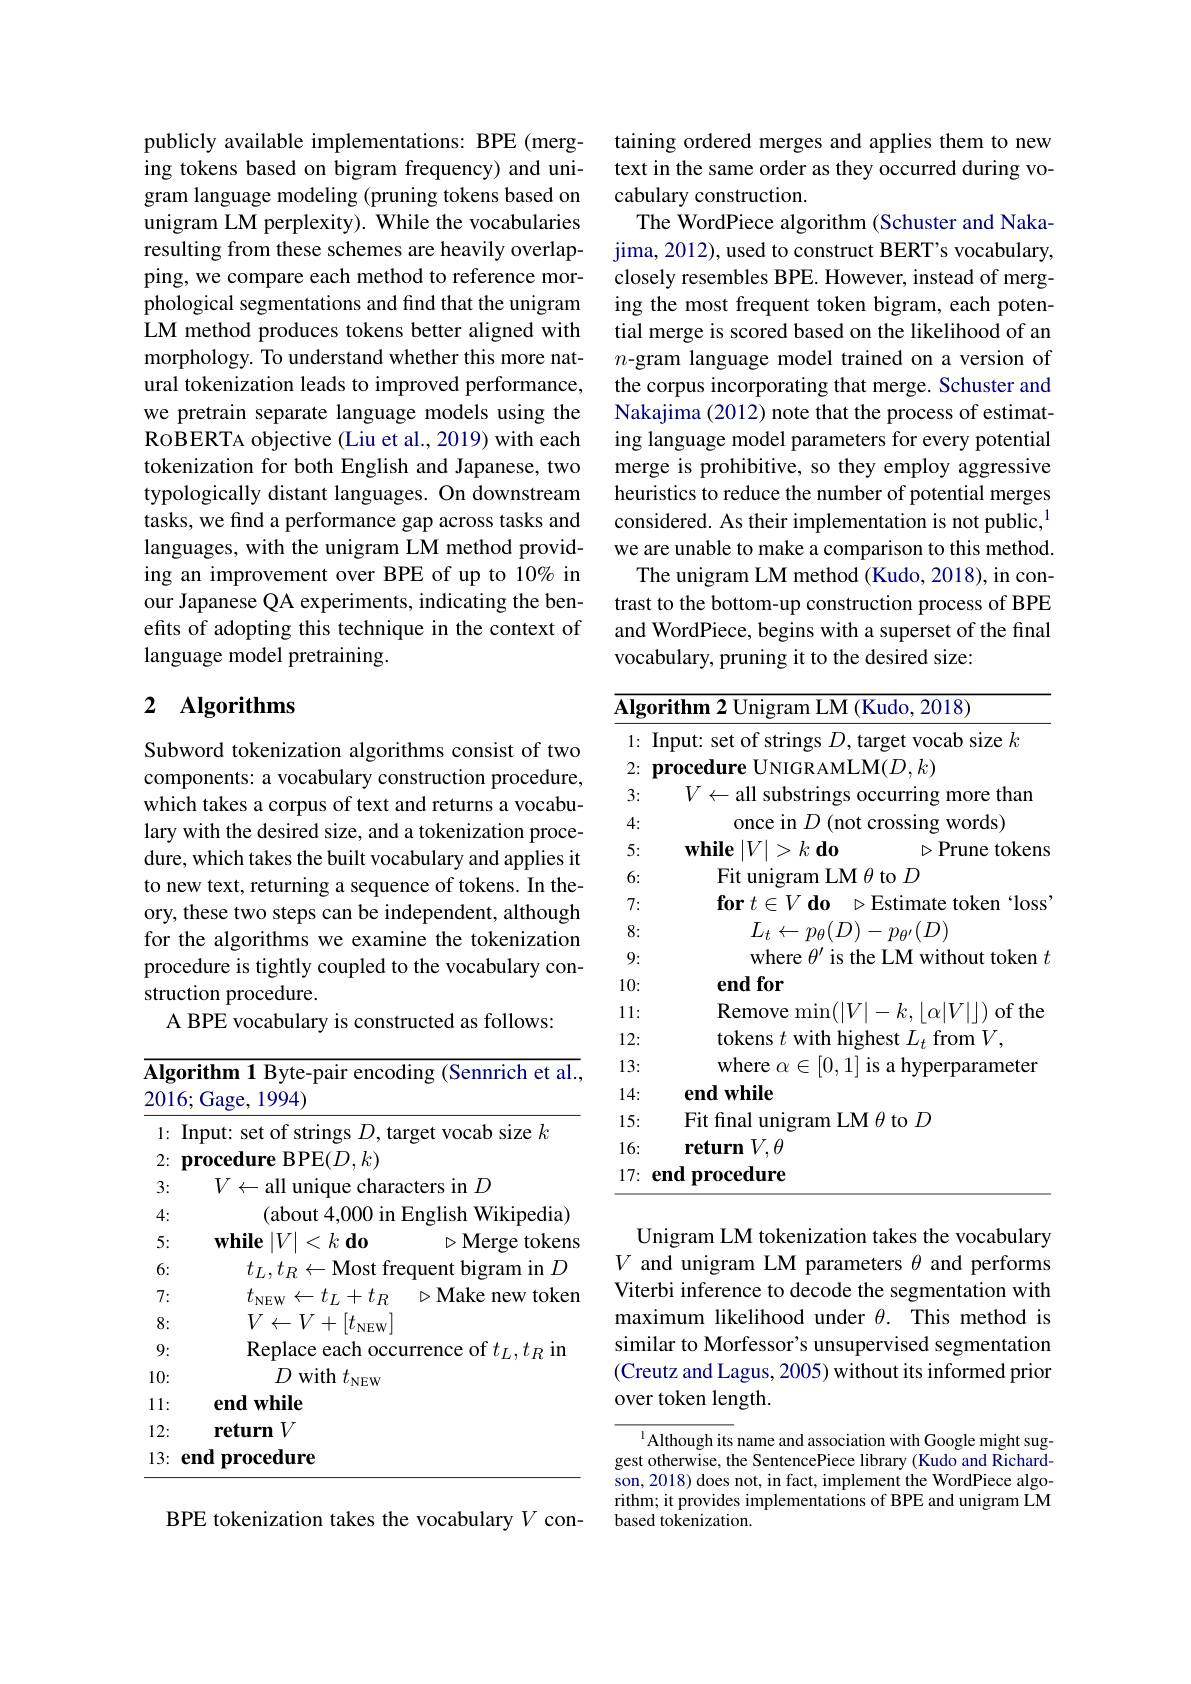
publicly available implementations: BPE (merging tokens based on bigram frequency) and unigram language modeling (pruning tokens based on unigram LM perplexity). While the vocabularies resulting from these schemes are heavily overlapping, we compare each method to reference morphological segmentations and find that the unigram LM method produces tokens better aligned with morphology. To understand whether this more natural tokenization leads to improved performance, we pretrain separate language models using the RoBERTA objective (Liu et al., 2019) with each tokenization for both English and Japanese, two typologically distant languages. On downstream tasks, we find a performance gap across tasks and languages, with the unigram LM method providing an improvement over BPE of up to 10% in our Japanese QA experiments, indicating the benefits of adopting this technique in the context of language model pretraining.

## 2 Algorithms

Subword tokenization algorithms consist of two components: a vocabulary construction procedure, which takes a corpus of text and returns a vocabulary with the desired size, and a tokenization procedure, which takes the built vocabulary and applies it to new text, returning a sequence of tokens. In theory, these two steps can be independent, although for the algorithms we examine the tokenization procedure is tightly coupled to the vocabulary construction procedure.
A BPE vocabulary is constructed as follows:

<table>
	<tbody>
		<tr>
			<th>$\overline{\mathbf{Algo}}$ 2016</th>
			<th>rithm 1 Byte-pair encoding (Sennrich et al. 1 Gage, 1994)</th>
		</tr>
		<tr>
			<td>1: $I$</td>
			<td>nput: set of strings $D$,target vocab size $k$</td>
		</tr>
		<tr>
			<td>2: $\mathbf{I}$</td>
			<td>${\mathrm{rocedure~BPE}}(D,k)$</td>
		</tr>
		<tr>
			<td>3:</td>
			<td>$V\leftarrow$all unique characters in $D$</td>
		</tr>
		<tr>
			<td>4:</td>
			<td>(about 4,000 in English Wikipedia)</td>
		</tr>
		<tr>
			<td>5:</td>
			<td>$\mathbf{while}\left|V\right|<k\mathbf{do}$ $\triangleright\mathbf{Mergetokens}$</td>
		</tr>
		<tr>
			<td>6:</td>
			<td>$t_{I,}t_{R}\leftarrow$Most frequent bigram in $D$</td>
		</tr>
		<tr>
			<td>7:</td>
			<td>$t_{\mathrm{NEW}}\leftarrow t_{L}+t_{R}$ $\triangleright$Make new token</td>
		</tr>
		<tr>
			<td>8:</td>
			<td>$V\leftarrow V+[t_{\mathrm{NEW}}]$</td>
		</tr>
		<tr>
			<td>9:</td>
			<td>Replace each occurrence of $t_L,t_R$ in</td>
		</tr>
		<tr>
			<td>10:</td>
			<td>$D$ with $t_\mathrm{NEW}$</td>
		</tr>
		<tr>
			<td>11:</td>
			<td>$\textbf{end while}$</td>
		</tr>
		<tr>
			<td>12:</td>
			<td>$\textbf{return}V$</td>
		</tr>
		<tr>
			<td>13: $e$</td>
			<td>end procedure</td>
		</tr>
	</tbody>
</table>

BPE tokenization takes the vocabulary $V$ con-

taining ordered merges and applies them to new text in the same order as they occurred during vocabulary construction.
The WordPiece algorithm (Schuster and Nakajima, 2012), used to construct BERT's vocabulary, closely resembles BPE. However, instead of merging the most frequent token bigram, each potential merge is scored based on the likelihood of an $n$-gram language model trained on a version of the corpus incorporating that merge. Schuster and Nakajima (2012) note that the process of estimating language model parameters for every potential merge is prohibitive, so they employ aggressive heuristics to reduce the number of potential merges considered. As their implementation is not public,$^{1}$ we are unable to make a comparison to this method.
The unigram LM method (Kudo, 2018), in contrast to the bottom-up construction process of BPE and WordPiece, begins with a superset of the fnal vocabulary, pruning it to the desired size:

<table>
	<tbody>
		<tr>
			<th>$\overline{\mathbf{Alg}}$</th>
			<th>$\textbf{rithm 2 Unigram LM ( Kudo, 2018) }$</th>
		</tr>
		<tr>
			<td>1: </td>
			<td>Input: set of strings $D$,target vocab size $k$</td>
		</tr>
		<tr>
			<td>2:</td>
			<td>procedure UNIGR AMLM($D,k)$</td>
		</tr>
		<tr>
			<td>3:</td>
			<td>$V\leftarrow$all substrings occurring more than</td>
		</tr>
		<tr>
			<td>4:</td>
			<td>once in $D$ (not crossing words)</td>
		</tr>
		<tr>
			<td>5:</td>
			<td>$\mathbf{while}\left|V\right|>k\mathbf{do}$ $\triangleright$Prune tokens</td>
		</tr>
		<tr>
			<td>6:</td>
			<td>$\operatorname{Fit}$unigram LM$\theta$to$D$</td>
		</tr>
		<tr>
			<td>7:</td>
			<td>$\mathbf{for}t\in V\mathbf{do}$ $\triangleright$Estimate token‘loss</td>
		</tr>
		<tr>
			<td>8:</td>
			<td>$L_{t}\leftarrow p_{\theta}(D)-p_{\theta^{\prime}}(D)$</td>
		</tr>
		<tr>
			<td>9:</td>
			<td>where $\theta^{\prime}$ is the LM without token $t$</td>
		</tr>
		<tr>
			<td>10:</td>
			<td>end for</td>
		</tr>
		<tr>
			<td>1: 1 </td>
			<td>$\operatorname{Remove}\operatorname*{min}(|V|-k,|\alpha|V||)$ of the</td>
		</tr>
		<tr>
			<td>12:</td>
			<td>tokens $t$ with highest $L_t$ from $V$</td>
		</tr>
		<tr>
			<td>13:</td>
			<td>where $\alpha\in[0,1]$ is a hyperparameter</td>
		</tr>
		<tr>
			<td>.4: 12 $\frac{1}{2}=\frac{1}{2}$ </td>
			<td>end while</td>
		</tr>
		<tr>
			<td>15: </td>
			<td>Fit final unigram LM $\theta$ to $D$</td>
		</tr>
		<tr>
			<td>16:</td>
			<td>$\textbf{return}V, \theta$</td>
		</tr>
		<tr>
			<td>17:</td>
			<td>end procedure</td>
		</tr>
	</tbody>
</table>

Unigram LM tokenization takes the vocabulary $V$ and unigram LM parameters $\theta$ and performs Viterbi inference to decode the segmentation with maximum likelihood under $\theta.$ This method is similar to Morfessor's unsupervised segmentation (Creutz and Lagus, 2005) without its informed prior over token length.

$^{1}$Although its name and association with Google might suggest otherwise, the SentencePiece library (Kudo and Richardson, 2018) does not, in fact, implement the WordPiece algorithm; it provides implementations of BPE and unigram LM based tokenization.